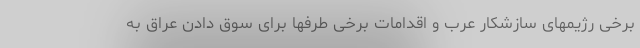
برخی رژیمهای سازشکار عرب و اقدامات برخی طرفها برای سوق دادن عراق به